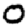
Digit: 0